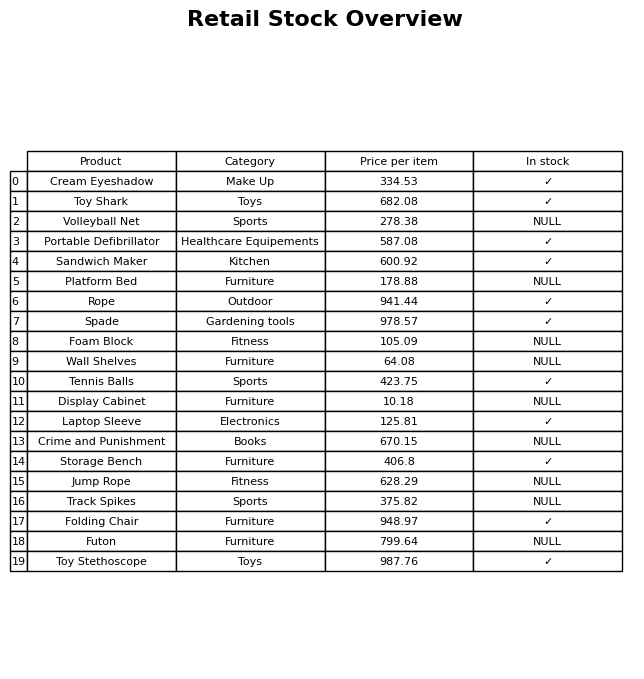
question: Is the Crime and Punishment in stock?
answer: NULL